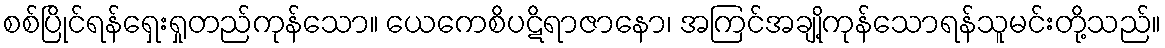
စစ်ပြိုင်ရန်ရှေးရှုတည်ကုန်သော။ ယေကေစိပဋိရာဇာနော၊ အကြင်အချို့ကုန်သောရန်သူမင်းတို့သည်။